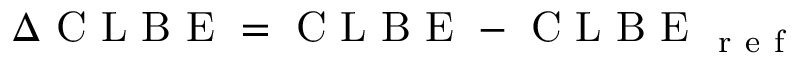
\Delta \mathrm { ~ C ~ L ~ B ~ E ~ } = \mathrm { ~ C ~ L ~ B ~ E ~ } - \mathrm { ~ C ~ L ~ B ~ E ~ } _ { \mathrm { ~ r ~ e ~ f ~ } }